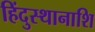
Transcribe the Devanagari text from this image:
हिंदुस्थानाशि